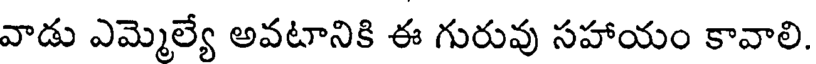
వాడు ఎమ్మెల్యే అవటానికి ఈ గురువు సహాయం కావాలి.